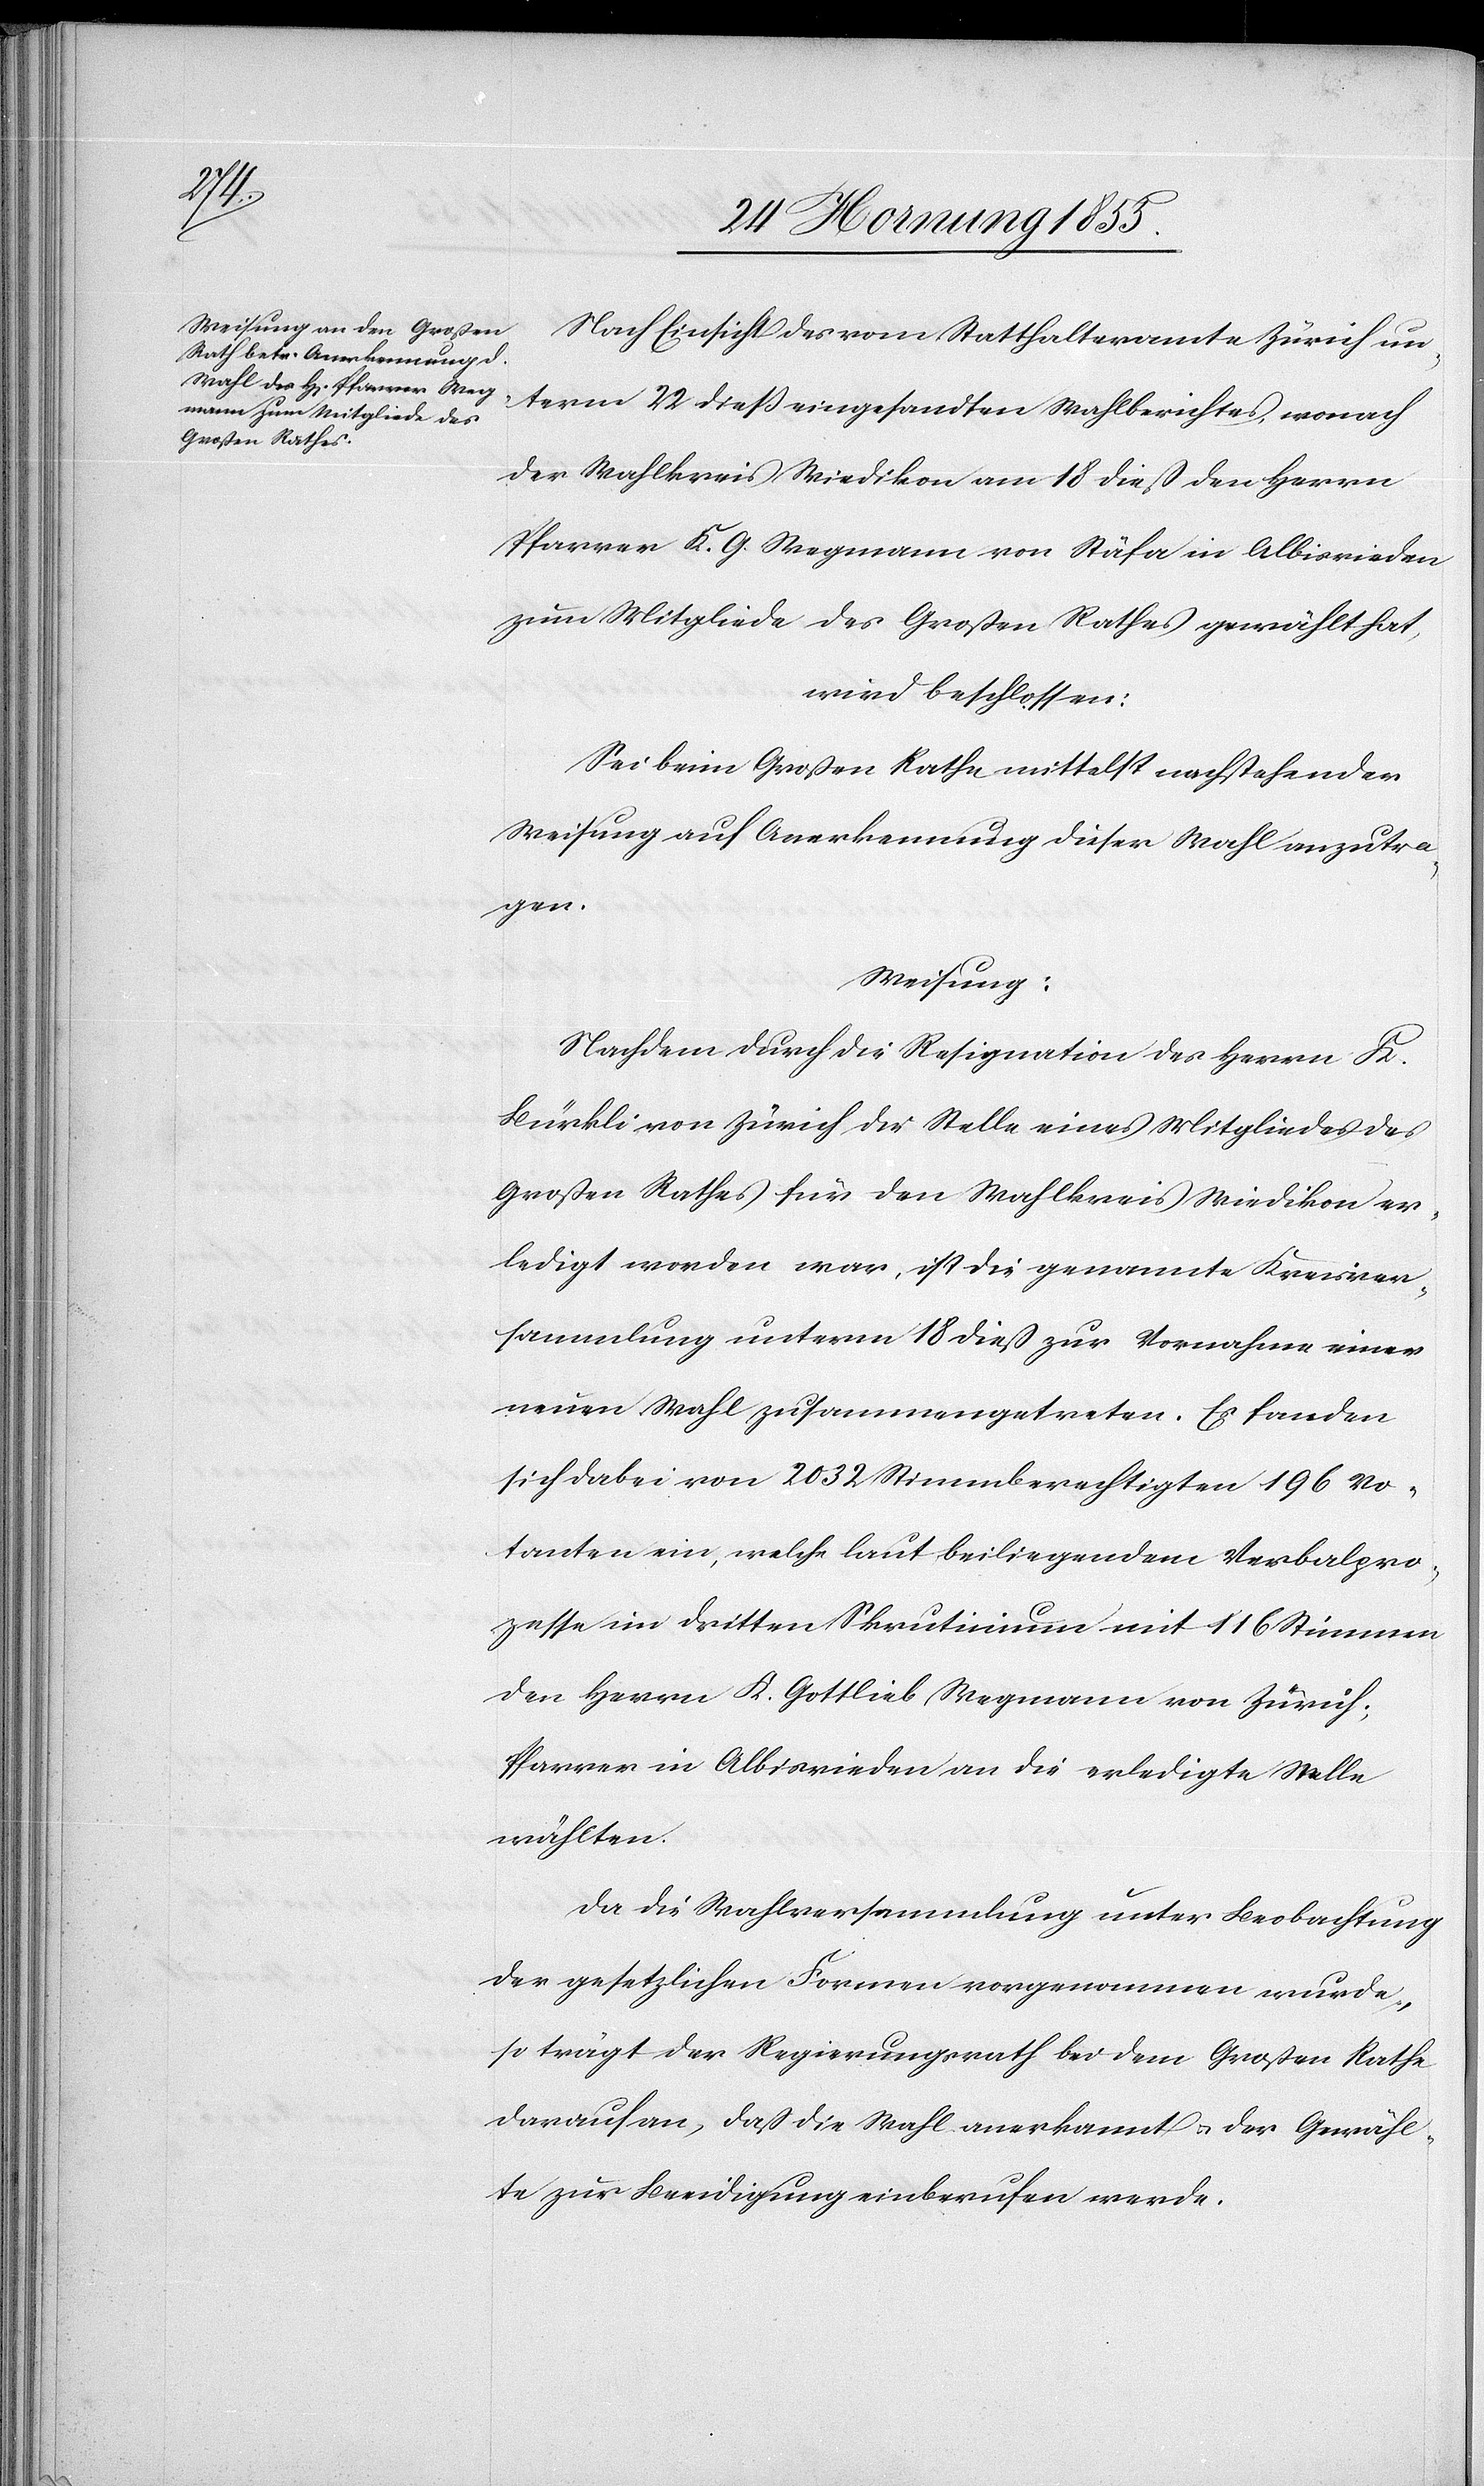
Nach Einsicht des vom Statthalteramte Zürich un¬
term 22 dieß eingesandten Wahlberichtes, wonach
der Wahlkreis Wiedikon am 18 dieß den Herrn
Pfarrer K. G. Wegmann von Stäfa in Albisrieden
zum Mitgliede des Großen Rathes gewählt hat,
wird beschlossen:
Sei beim Großen Rathe mittelst nachstehender
Weisung auf Anerkennung dieser Wahl anzutra¬
gen.
Weisung:
Nachdem durch die Resignation des Herrn K.
Bürkli von Zürich die Stelle eines Mitgliedes des
Großen Rathes für den Wahlkreis Wiedikon er¬
ledigt worden war, ist die genannte Kreisver¬
sammlung unterm 18 dieß zur Vornahme einer
neuen Wahl zusammengetreten. Es fanden
sich dabei von 2032 Stimmberechtigten 196 Vo¬
tanten ein, welche laut beiliegendem Verbalpro¬
zesse im dritten Skrutinium mit 116 Stimmen
den Herrn K. Gottlieb Wegmann von Zürich;
Pfarrer in Albisrieden an die erledigte Stelle
wählten.
Da die Wahlversammlung unter Beobachtung
der gesetzlichen Formen vorgenommen wurde,
so trägt der Regierungsrath bei dem Großen Rathe
darauf an, daß die Wahl anerkannt & der Gewähl¬
te zur Beeidigung einberufen werde.